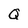
Character: Q